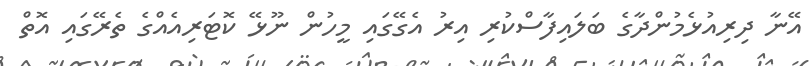
އޭނާ ދިރިއުޅެމުންދާގެ ބަލައިފާސްކުރި އިރު އެގޭގައި މީހުން ނޫޅޭ ކޮޓަރިއެއްގެ ތެރޭގައި އޮތް